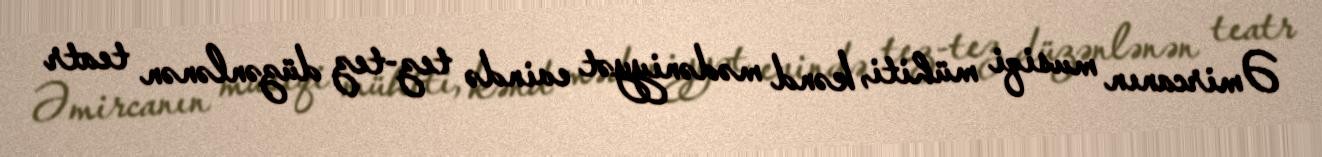
Əmircanın musiqi mühiti, kənd mədəniyyət evində tez-tez düzənlənən teatr